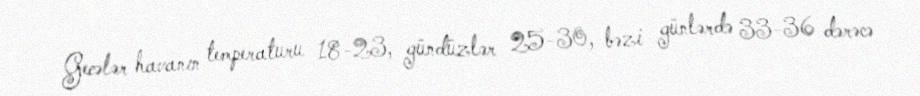
Gecələr havanın temperaturu 18-23, gündüzlər 25-30, bəzi günlərdə 33-36 dərəcə